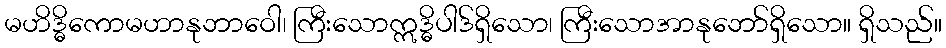
မဟိဒ္ဓိကောမဟာနုဘာဝေါ၊ ကြီးသောဣဒ္ဓိပါဒ်ရှိသော၊ ကြီးသောအာနုဘော်ရှိသော။ ရှိသည်။